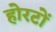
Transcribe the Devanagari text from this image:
होरटों